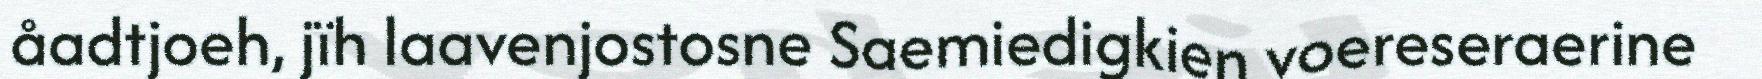
åadtjoeh, jïh laavenjostosne Saemiedigkien voereseraerine